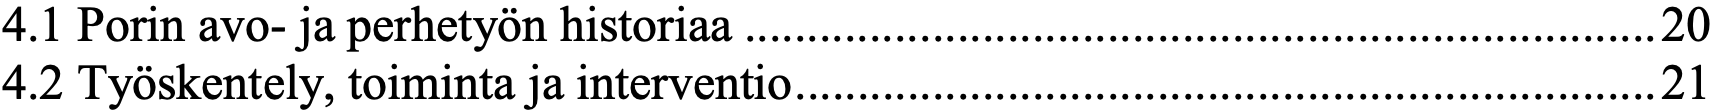
4.1 Porin avo- ja perhetyön historiaa ......................................................................... 20 4.2 Työskentely, toiminta ja interventio ..................................................................... 21